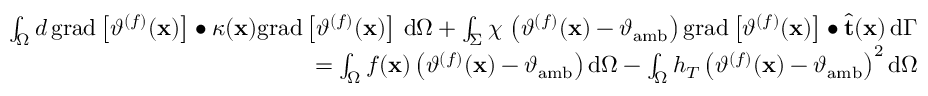
\begin{array} { r } { \int _ { \Omega } d \, \mathrm { g r a d } \left[ \vartheta ^ { ( f ) } ( \mathbf { x } ) \right] \bullet \kappa ( \mathbf { x } ) \mathrm { g r a d } \left[ \vartheta ^ { ( f ) } ( \mathbf { x } ) \right] \, \mathrm { d } \Omega + \int _ { \Sigma } \chi \, \left( \vartheta ^ { ( f ) } ( \mathbf { x } ) - \vartheta _ { \mathrm { a m b } } \right) \mathrm { g r a d } \left[ \vartheta ^ { ( f ) } ( \mathbf { x } ) \right] \bullet \widehat { \mathbf { t } } ( \mathbf { x } ) \, \mathrm { d } \Gamma } \\ { = \int _ { \Omega } f ( \mathbf { x } ) \left( \vartheta ^ { ( f ) } ( \mathbf { x } ) - \vartheta _ { \mathrm { a m b } } \right) \mathrm { d } \Omega - \int _ { \Omega } h _ { T } \left( \vartheta ^ { ( f ) } ( \mathbf { x } ) - \vartheta _ { \mathrm { a m b } } \right) ^ { 2 } \mathrm { d } \Omega } \end{array}